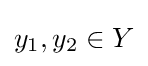
y_{1},y_{2}\in Y